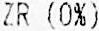
ZR (0%)